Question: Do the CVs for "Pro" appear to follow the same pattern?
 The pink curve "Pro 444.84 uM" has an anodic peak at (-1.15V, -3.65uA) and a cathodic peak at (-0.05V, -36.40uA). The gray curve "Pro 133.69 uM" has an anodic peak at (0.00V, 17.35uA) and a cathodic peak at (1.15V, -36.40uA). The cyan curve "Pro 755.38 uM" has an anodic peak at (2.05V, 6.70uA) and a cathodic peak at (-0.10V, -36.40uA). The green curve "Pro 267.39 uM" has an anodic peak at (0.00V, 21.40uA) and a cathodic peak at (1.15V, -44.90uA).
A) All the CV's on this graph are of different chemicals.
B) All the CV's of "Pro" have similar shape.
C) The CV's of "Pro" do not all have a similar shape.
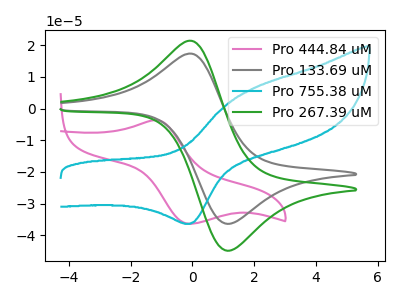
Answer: <think>"Pro 444.84 uM" and "Pro 133.69 uM" have at least one peak that do not match. "Pro 444.84 uM" and "Pro 755.38 uM" have at least one peak that do not match. "Pro 444.84 uM" and "Pro 267.39 uM" have at least one peak that do not match. "Pro 133.69 uM" and "Pro 755.38 uM" have at least one peak that do not match. All the peaks in "Pro 133.69 uM" have a peak in "Pro 267.39 uM" at the same potential. Every peak in "Pro 133.69 uM" is lower than every peak in "Pro 267.39 uM". "Pro 755.38 uM" and "Pro 267.39 uM" have at least one peak that do not match.
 </think>
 <answer>B) All the CV's of "Pro" have similar shape.</answer>
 <eval>B</eval>